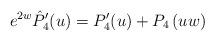
LaTeX: \begin{align*} e^{2w}\hat P_4^\prime(u) = P_4^\prime(u) + P_4\left(uw\right)\end{align*}